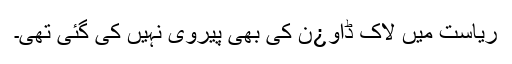
ریاست میں لاک ڈاو¿ن کی بھی پیروی نہیں کی گئی تھی۔